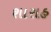
શારાહ